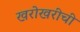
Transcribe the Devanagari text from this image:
खरोखरीची